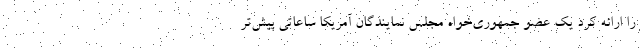
را ارائه کرد یک عضو جمهوری‌خواه مجلس نمایندگان آمریکا ساعاتی پیش‌تر